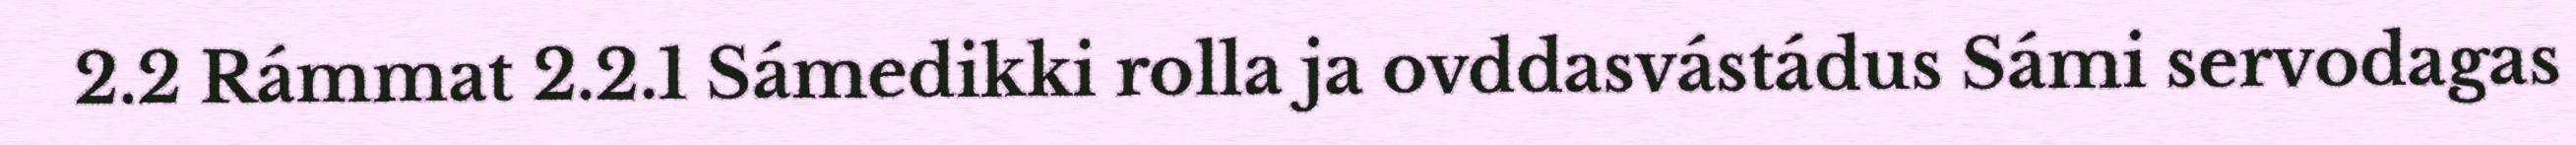
2.2 Rámmat 2.2.1 Sámedikki rolla ja ovddasvástádus Sámi servodagas